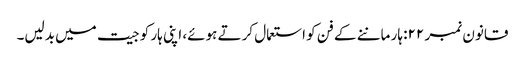
قانون نمبر ۲۲: ہار ماننے کے فن کو استعمال کرتے ہوئے، اپنی ہار کو جیت میں بدلیں۔